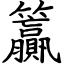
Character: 籯